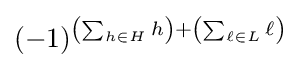
(-1)^{\left(\sum _{h\in H}h\right)+\left(\sum _{\ell \in L}\ell \right)}